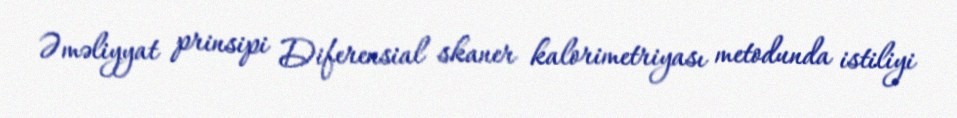
Əməliyyat prinsipi Diferensial skaner kalorimetriyası metodunda istiliyi